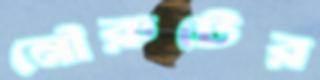
নৌরুটের